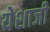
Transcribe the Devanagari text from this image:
येशाजी